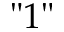
" 1 "